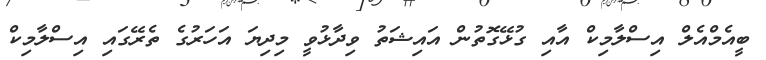
ބީއެމްއެލް އިސްލާމިކް އާއި ގުޅޭގޮތުން އައިޝަތު ވިދާޅުވީ މިދިޔަ އަހަރުގެ ތެރޭގައި އިސްލާމިކް